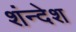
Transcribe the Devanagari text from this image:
शंन्देश